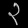
Digit: ၃